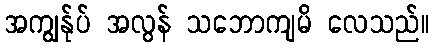
အကျွန်ုပ် အလွန် သဘောကျမိ လေသည်။